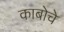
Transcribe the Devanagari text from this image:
काबोचे